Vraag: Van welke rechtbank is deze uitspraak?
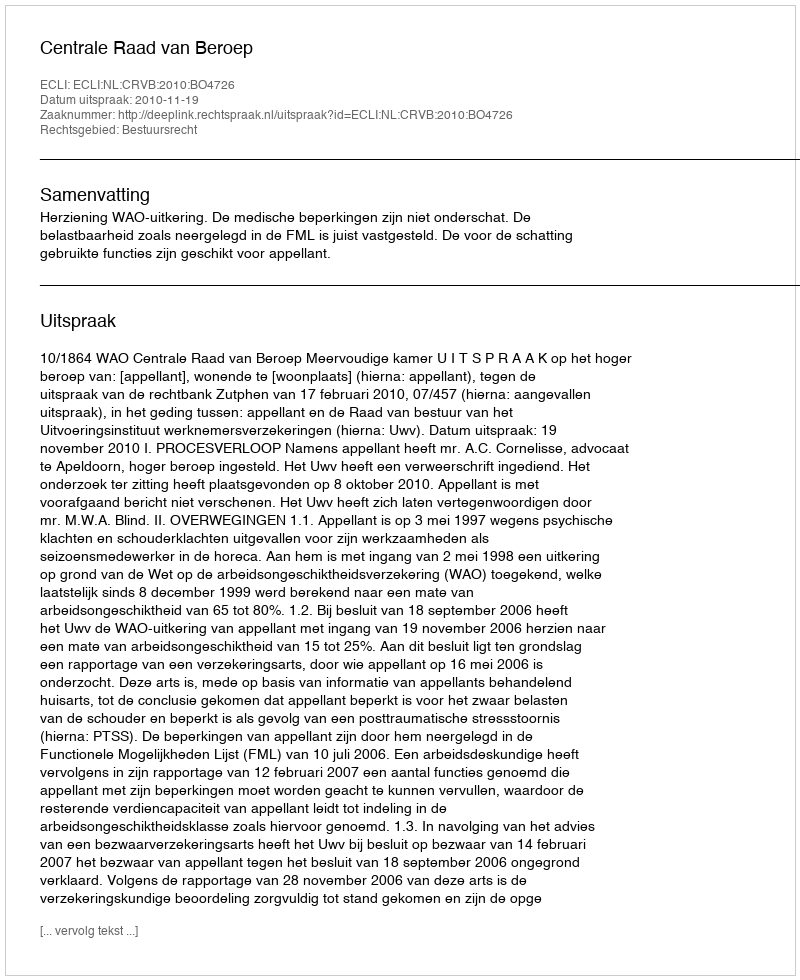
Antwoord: Centrale Raad van Beroep